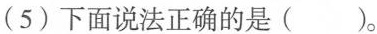
(5)下面说法正确的是()。